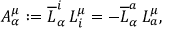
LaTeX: A _ { \alpha } ^ { \mu } : = \overline { { { L } } } _ { \alpha } ^ { i } \, L _ { i } ^ { \mu } = - \overline { { { L } } } _ { \alpha } ^ { a } \, L _ { a } ^ { \mu } ,